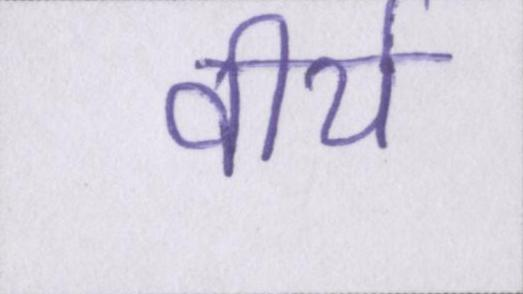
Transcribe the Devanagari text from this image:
वीर्य